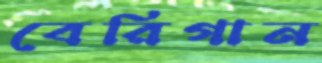
বেরিগান